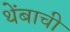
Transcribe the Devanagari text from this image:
थेंबाची